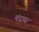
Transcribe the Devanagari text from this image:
चंद्रास